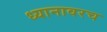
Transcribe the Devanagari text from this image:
ध्यानावरच